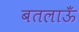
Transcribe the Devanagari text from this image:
बतलाऊँ